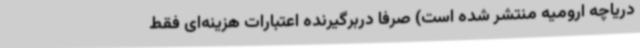
دریاچه ارومیه منتشر شده است) صرفا دربرگیرنده اعتبارات هزینه‌ای فقط